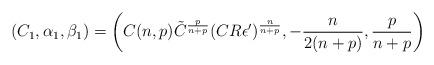
LaTeX: \begin{align*}(C_1,\alpha_1, \beta_1) = \left(C(n,p) \tilde{C}^{\frac{p}{n+p}}(CR\epsilon')^{\frac{n}{n+p}}, -\frac{n}{2(n+p)}, \frac{p}{n+p} \right)\end{align*}